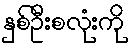
နှစ်ဦးစလုံးကို